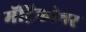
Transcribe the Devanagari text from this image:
मॅट्रिकोत्तर